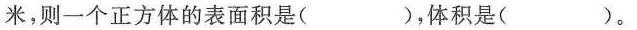
米，则一个正方体的表面积是()，体积是()。